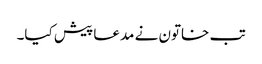
تب خاتون نے مدعا پیش کیا۔